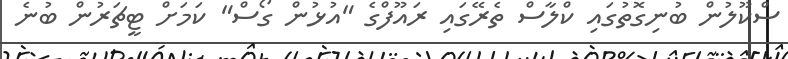
ސްކޫލުން ބުނިގޮތުގައި ކްލާސް ތެރޭގައި ރައޫފްގެ "އުޅުން ގޯސް" ކަމަށް ޓީޗަރުން ބުނެ